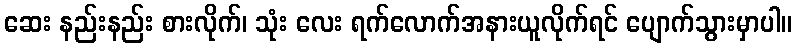
ဆေး နည်းနည်း စားလိုက်၊ သုံး လေး ရက်လောက်အနားယူလိုက်ရင် ပျောက်သွားမှာပါ။